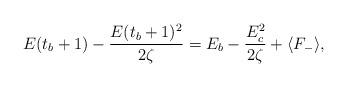
LaTeX: \begin{align*}E(t_b+1) - \frac{E(t_b+1)^2}{2\zeta} = E_b - \frac{E_c^2}{2\zeta} + \langle F_- \rangle,\end{align*}